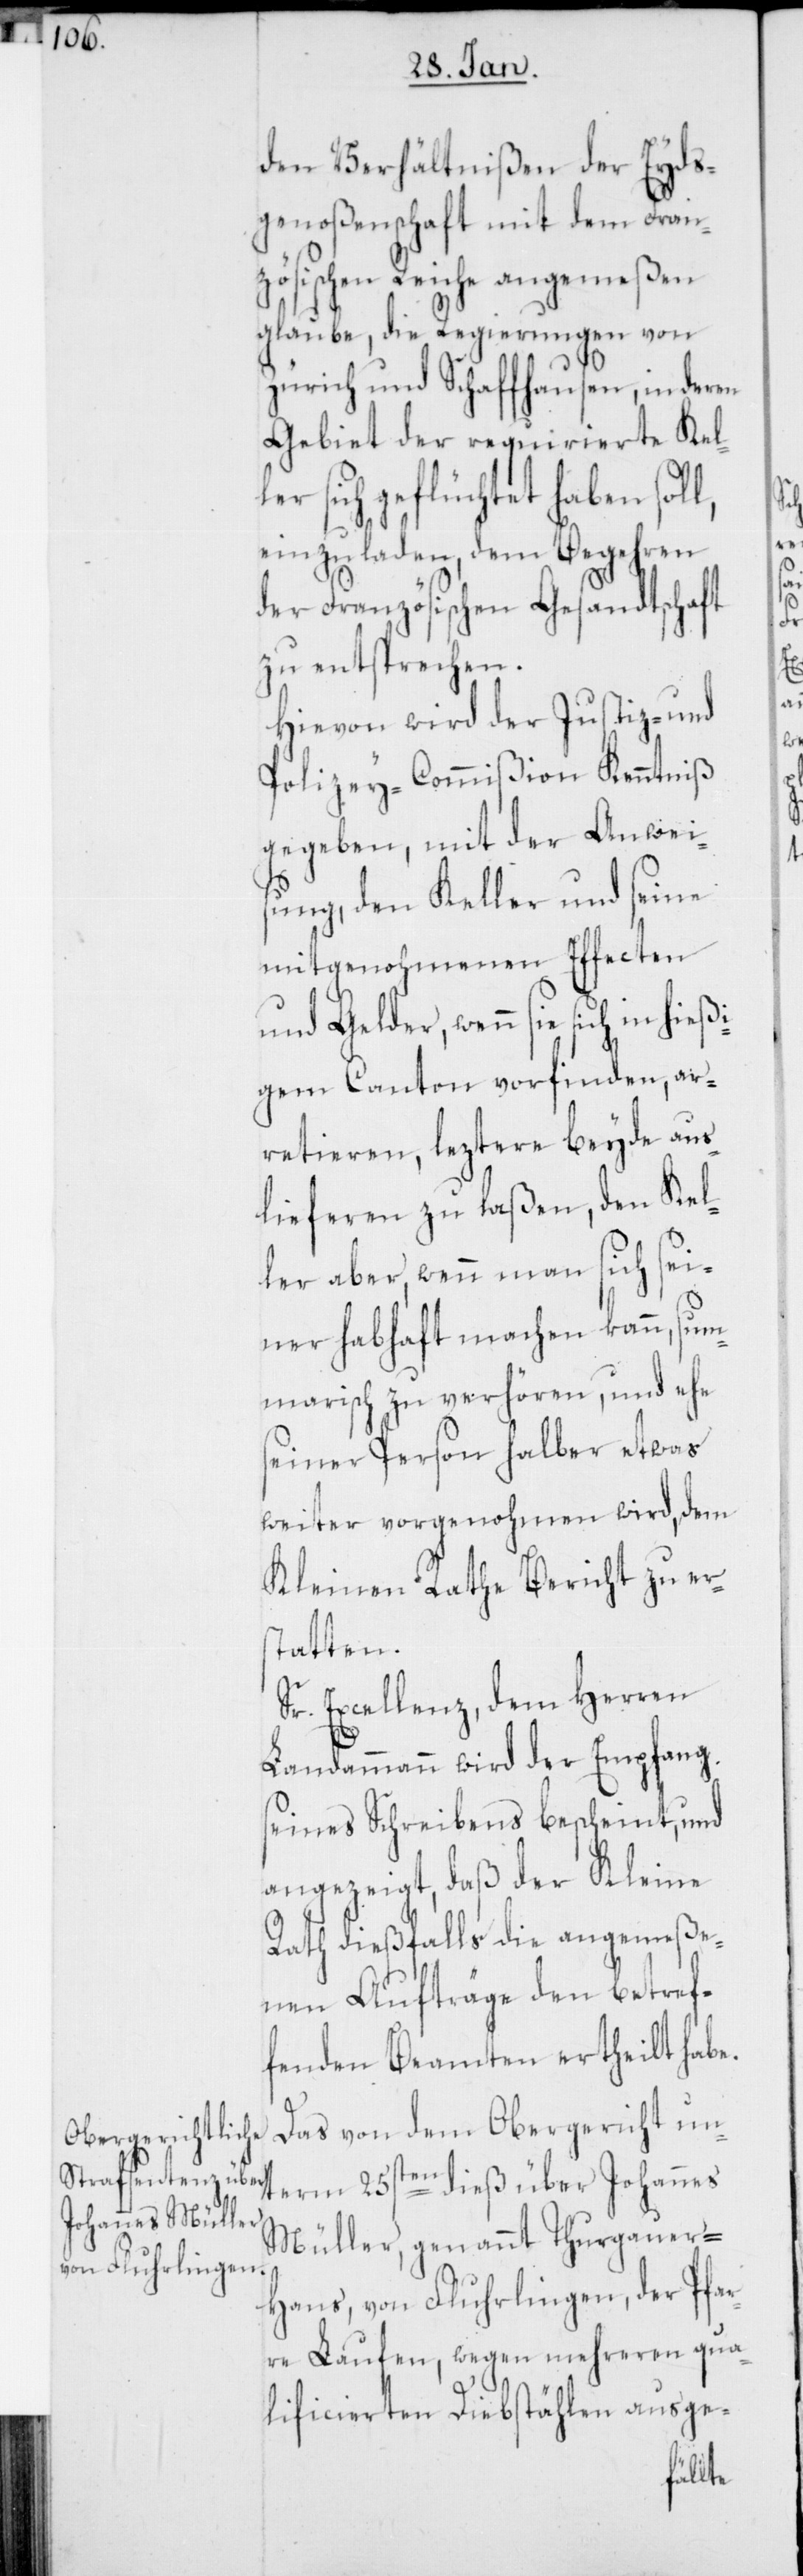
den Verhältnißen der Eyds¬
genoßenschaft mit dem Fran¬
zösischen Reiche angemeßen
glaube, die Regierungen von
Zürich und Schaffhausen, in deren
Gebiet der requirierte Kell¬
er sich geflüchtet haben sol¬
einzuladen, dem Begehren
der Französischen Gesandtschaft
zu entsprechen.
Hievon wird der Justiz- und
Polizey-Commißion Kenntniß
gegeben, mit der Anwei¬
sung, den Keller und seine
mitgenohmenen Effecten
und Gelder, wenn sie sich in
gem Canton vorfinden, ar¬
retieren, leztere beyde aus¬
lieferen zu laßen, den Kel¬
ler aber, wenn man sich sei¬
ner habhaft machen kann, sum¬
marisch zu verhören, und ehe
seiner Person halber etwas
weiter vorgenohmen wird, dem
Kleinen Rathe Bericht zu ers¬
tatten.
Sr. Excellenz, dem Herren
l,
Landammann wird der Empfang
seines Schreibens bescheint, und
angezeigt, daß der Kleine
Rath dießfalls die angemeße¬
nen Aufträge den betref¬
fenden Beamten ertheilt habe.
Das von dem Obergericht un¬
term 25sten dieß über Johannes
Müller, genannt Thurgauer-H¬
ans, von Fluhrlingen, der Pfar¬
re Laufen, wegen mehreren qua¬
lificierten Diebstählen ausge-
hießi¬